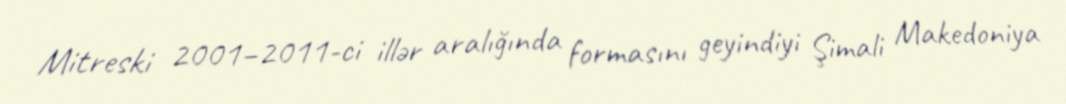
Mitreski 2001–2011-ci illər aralığında formasını geyindiyi Şimali Makedoniya